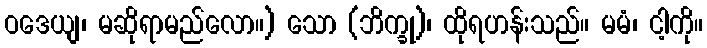
ဝဒေယျ၊ မဆိုရာမည်လော။) သော (ဘိက္ခု)၊ ထိုရဟန်းသည်။ မမံ၊ ငါ့ကို။